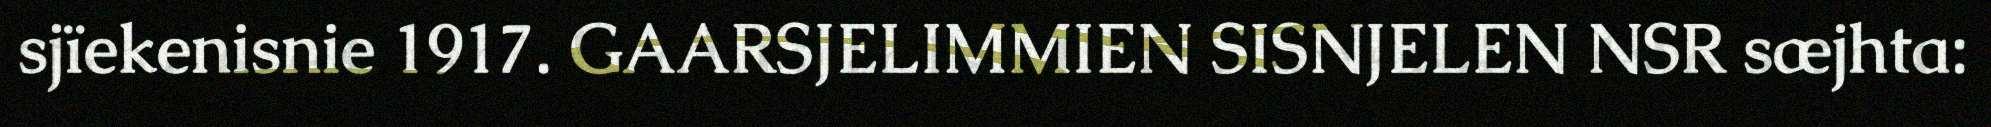
sjïekenisnie 1917. GAARSJELIMMIEN SISNJELEN NSR sæjhta: